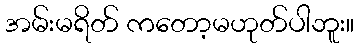
အမ်းမရိတ် ကတော့မဟုတ်ပါဘူး။